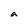
Character: a